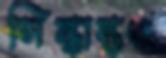
সিন্ধান্তও